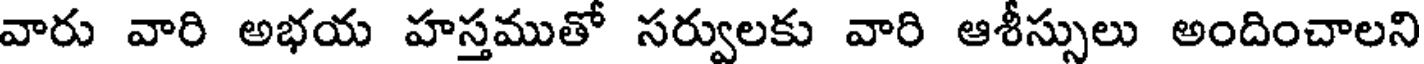
వారు వారి అభయ హస్తముతో సర్వులకు వారి ఆశీస్సులు అందించాలని